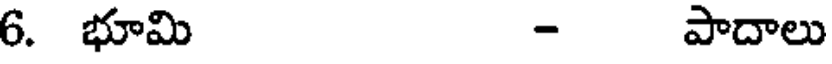
6. భూమి - పాదాలు